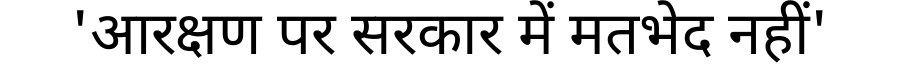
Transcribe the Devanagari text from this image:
'आरक्षण पर सरकार में मतभेद नहीं'